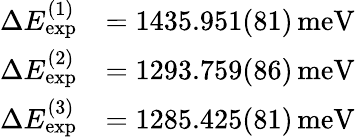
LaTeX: \begin{array}{rl}{\Delta E_{\mathrm{exp}}^{(1)}}&{=1435.951(81)\, \mathrm{meV}}\\ {\Delta E_{\mathrm{exp}}^{(2)}}&{=1293.759(86)\, \mathrm{meV}}\\ {\Delta E_{\mathrm{exp}}^{(3)}}&{=1285.425(81)\, \mathrm{meV}}\end{array}